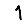
Digit: 1